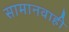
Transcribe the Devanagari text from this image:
सामानवाही